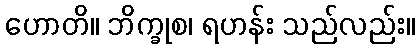
ဟောတိ။ ဘိက္ခုစ၊ ရဟန်း သည်လည်း။